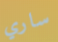
ساري